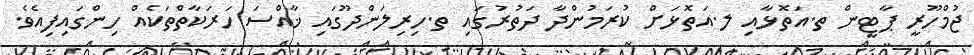
ޖުމްހޫރީ ޕާޓީން ތ.އަތޮޅާއި ލ.އަތޮޅަށް ކުރަމުންދާ ދަތުރުގައި ތ.ހިރިލަންދޫގައި ޚާއްސަ ހަރަކާތްތަކެއް ހިންގައިފިއެވެ.